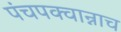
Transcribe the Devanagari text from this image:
पंचपक्वान्नाच